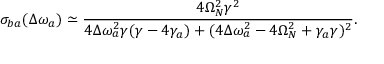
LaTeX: \sigma _ { b a } ( \Delta \omega _ { a } ) \simeq \frac { 4 \Omega _ { N } ^ { 2 } \gamma ^ { 2 } } { 4 \Delta \omega _ { a } ^ { 2 } \gamma ( \gamma - 4 \gamma _ { a } ) + ( 4 \Delta \omega _ { a } ^ { 2 } - 4 \Omega _ { N } ^ { 2 } + \gamma _ { a } \gamma ) ^ { 2 } } .